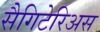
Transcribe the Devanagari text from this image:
सैगिटेरिअस